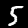
Label: 5